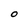
Character: O